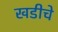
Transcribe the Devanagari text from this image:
खडीचे